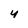
Character: 4